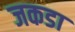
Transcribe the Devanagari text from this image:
जकडा